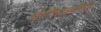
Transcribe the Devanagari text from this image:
चरित्राकरिता